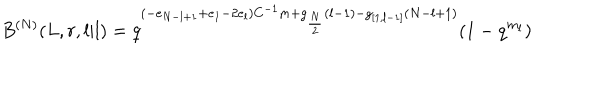
B ^ { ( N ) } ( L , r , l | l ) = q ^ { ( - e _ { N - l + 1 } + e _ { 1 } - 2 e _ { l } ) C ^ { - 1 } m + g _ { \frac { N } { 2 } } ( l - 1 ) - g _ { [ 1 , l - 1 ] } ( N - l + 1 ) } ( 1 - q ^ { m _ { l } } )